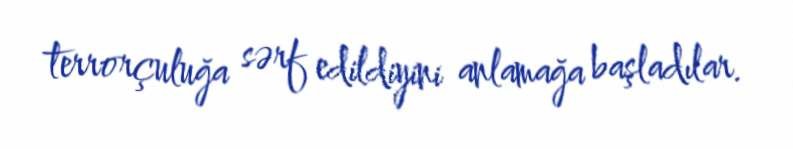
terrorçuluğa sərf edildiyini anlamağa başladılar.